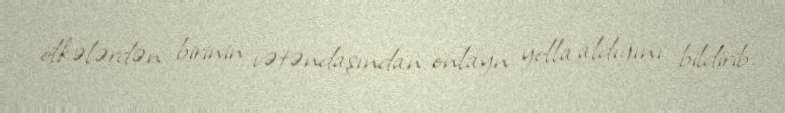
ölkələrdən birinin vətəndaşından onlayn yolla aldığını bildirib.